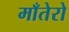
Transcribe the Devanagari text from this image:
माँतेरो